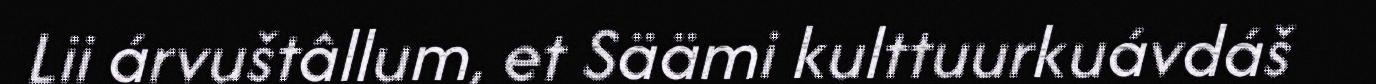
Lii árvuštâllum, et Säämi kulttuurkuávdáš